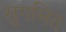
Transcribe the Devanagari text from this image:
सुगमित